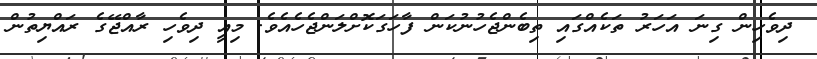
ދިވެހިން ގިނަ އަހަރު ތަކެއްގައި ތިބެންޖެހުނުކަން ފާހަގަކޮށްލަންޖެހެއެވެ. މިއީ ދިވެހި ރާއްޖޭގެ ރައްޔިތުން